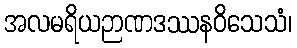
အလမရိယဉာဏဒဿနဝိသေသံ၊